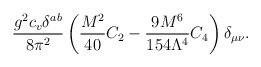
\begin{align*}\frac{g^2 c_v \delta^{ab}}{8\pi^2}\left( \frac{M^2}{40}C_2 - \frac{9M^6}{154\Lambda^4}C_4\right)\delta_{\mu\nu}.\end{align*}